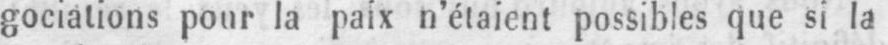
gociations pour la paix n’étaient possibles que si la